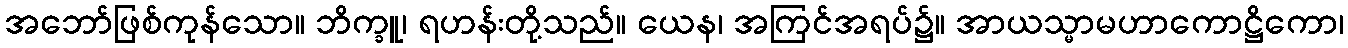
အဘော်ဖြစ်ကုန်သော။ ဘိက္ခူ၊ ရဟန်းတို့သည်။ ယေန၊ အကြင်အရပ်၌။ အာယသ္မာမဟာကောဋ္ဌိကော၊